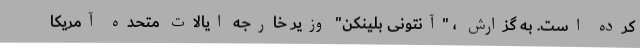
کرده است. به گزارش ، "آنتونی بلینکن" وزیر خارجه ایالات متحده آمریکا